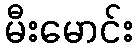
မီးမောင်း